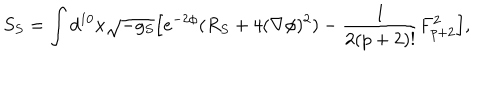
S _ { S } = \int d ^ { 1 0 } x \sqrt { - g _ { S } } \Big [ e ^ { - 2 \phi } ( R _ { S } + 4 ( \nabla \phi ) ^ { 2 } ) - { \frac { 1 } { 2 ( p + 2 ) ! } } F _ { p + 2 } ^ { 2 } \Big ] ,